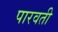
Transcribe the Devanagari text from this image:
पारवती